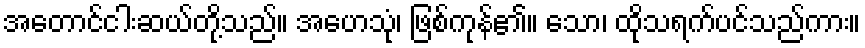
အတောင်ငါးဆယ်တို့သည်။ အဟေသုံ၊ ဖြစ်ကုန်၏။ သော၊ ထိုသရက်ပင်သည်ကား။